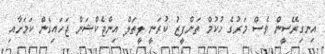
އިނގިރޭސީން ވެސް މަރުގެ ހުކުމް ތަންފީޒު ކުރަނީ ލީތަލް އިންޖެކްޝަން ޖަހައިގެން ކަމަށާއި